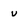
Character: u